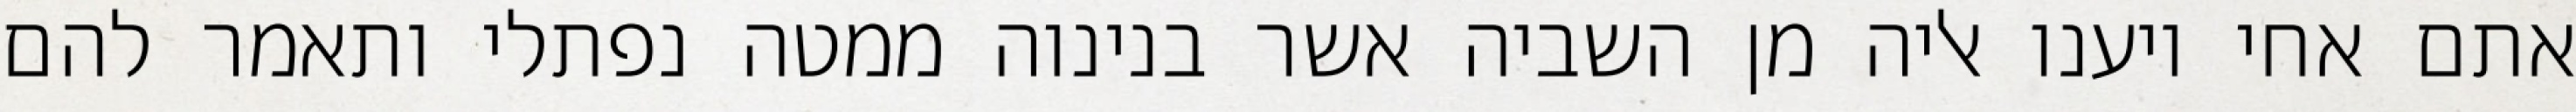
אתם אחי ויענו אליה מן השביה אשר בנינוה ממטה נפתלי ותאמר להם